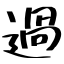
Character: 過